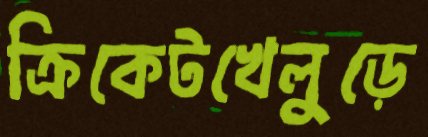
ক্রিকেটখেলুড়ে